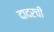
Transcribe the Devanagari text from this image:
दादरची